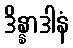
ဒိန္နာဒါနံ